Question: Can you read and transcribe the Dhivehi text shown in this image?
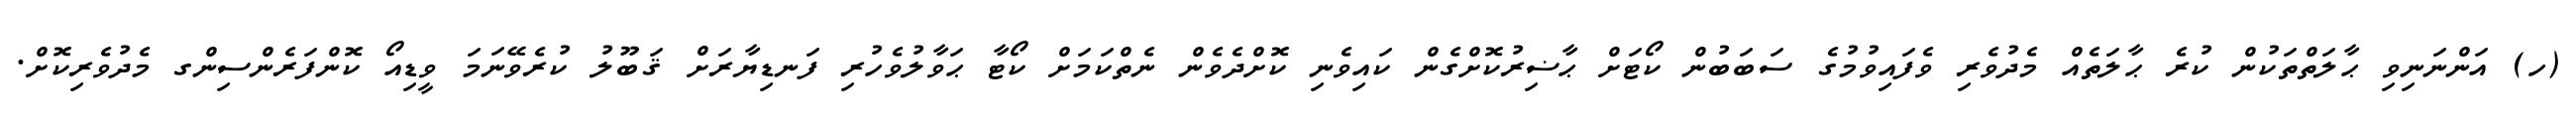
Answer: (ހ) އަންނަނިވި ޙާލަތްތަކުން ކުރެ ޙާލަތެއް މެދުވެރި ވެފައިވުމުގެ ސަބަބުން ކޯޓަށް ޙާޟިރުކޮށްގެން ކައިވެނި ކޮށްދެވެން ނެތްކަމަށް ކޯޓާ ޙަވާލުވެހުރި ފަނޑިޔާރަށް ޤަބޫލު ކުރެވޭނަމަ ވީޑިއޯ ކޮންފަރެންސިންގ މެދުވެރިކޮށް.